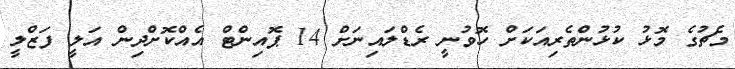
މެޗުގެ މޮޅު ކުޅުންތެރިއަކަށް ހޮވުނީ ރެޑްލައިނަށް 14 ޕޮއިންޓް އެއްކޮށްދިން އަލީ ފަޒްލީ